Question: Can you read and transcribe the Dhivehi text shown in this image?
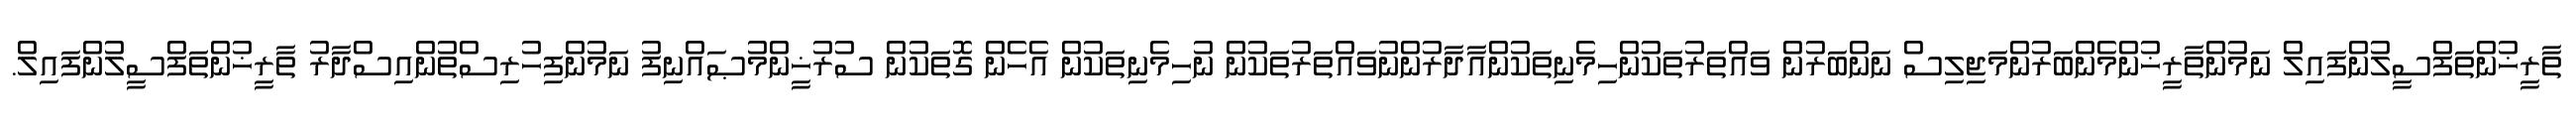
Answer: ތާރީޚުންތަފްސީލުންފައިލް ނަމުންތާރީޚުންމެންބަރުންމަޖިލިސް ނަންބަރުން ވައްތަރުތަކުންހިމެނިތަކުންއާދާރުންނުވައްތަރުތަކުން ނުހިމެނިތަކުން އެހެން ގޮތަކުން ސުރުޚީންމުޞައްނިފު ނަމުންފިހުރިސްތުންއިސްދާރު ތާރީޚުންތަފްސީލުންފައިލް.